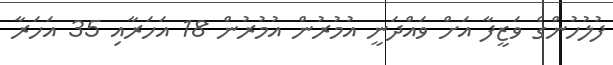
ފުލުހުންގެ ވަޒީފާ އަށް ވައްދަނީ އުމުރުން އުމުރުން 18 އަހަރާއި 35 އަހަރާ